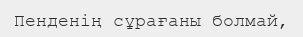
Пенденің сұрағаны болмай,